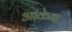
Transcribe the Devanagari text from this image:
आंकेगा